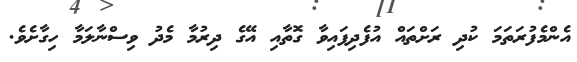
އެންމެފުރަތަމަ ކުދި ރަށްތައް އުފެދިފައިވާ ގޮތާއި އޭގެ ދިރުމާ މެދު ވިސްނާލަމާ ހިގާށެވެ.